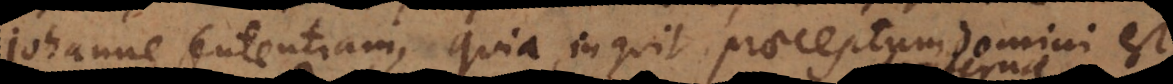
Johanne sententiam, quia, inquit praeceptum domini est,